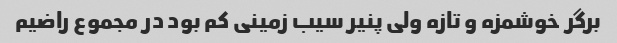
برگر خوشمزه و تازه ولی پنیر سیب زمینی کم بود در مجموع راضیم